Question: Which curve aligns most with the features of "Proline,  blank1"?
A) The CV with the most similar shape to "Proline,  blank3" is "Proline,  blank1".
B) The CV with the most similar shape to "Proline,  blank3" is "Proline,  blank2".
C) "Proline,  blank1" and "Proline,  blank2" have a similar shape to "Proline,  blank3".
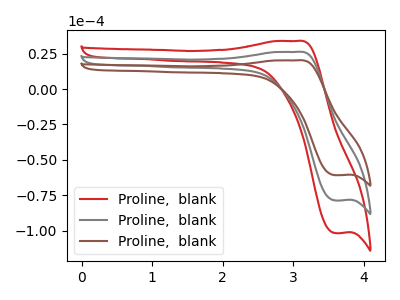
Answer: <think>The red curve "Proline,  blank1" has an anodic peak at (3.05V, 52.55uA) and a cathodic peak at (3.60V, -157.40uA). The gray curve "Proline,  blank2" has an anodic peak at (3.05V, 26.30uA) and a cathodic peak at (3.60V, -78.70uA). The brown curve "Proline,  blank3" has an anodic peak at (3.05V, 20.30uA) and a cathodic peak at (3.60V, -60.85uA).
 All the peaks in "Proline,  blank1" have a peak in "Proline,  blank2" at the same potential. Every peak in "Proline,  blank1" is higher than every peak in "Proline,  blank2". All the peaks in "Proline,  blank1" have a peak in "Proline,  blank3" at the same potential. Every peak in "Proline,  blank1" is higher than every peak in "Proline,  blank3". All the peaks in "Proline,  blank2" have a peak in "Proline,  blank3" at the same potential. Every peak in "Proline,  blank2" is higher than every peak in "Proline,  blank3".</think>
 <answer>C) "Proline,  blank1" and "Proline,  blank2" have a similar shape to "Proline,  blank3".</answer>
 <eval>C</eval>